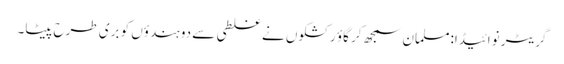
گریٹر نوائیڈا:مسلمان سمجھ کر گاؤ رکشکوں نے غلطی سے دو ہندؤں کو بری طرح پیٹا۔